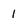
Character: 1